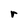
Character: r